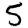
Digit: 5